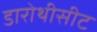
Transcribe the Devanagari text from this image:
डारोथीसीट